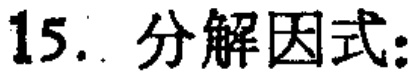
15. 分解因式: